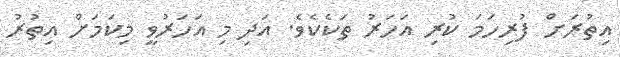
އިތުރަށް ފުރިހަމަ ކުރި އަހަރު ތަކެކެވެ. އަދި މި އަހަރުވީ މިކަމަށް އިތުރު